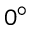
0 ^ { \circ }